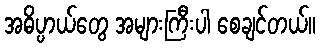
အဓိပ္ပာယ်တွေ အများကြီးပါ စေချင်တယ်။